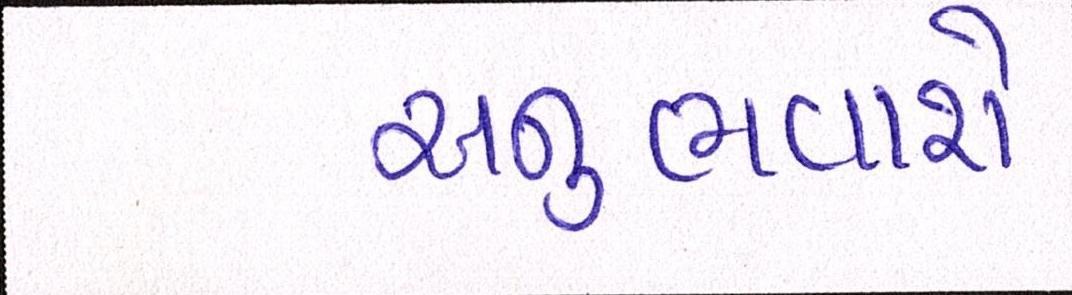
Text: અનુભવાશે